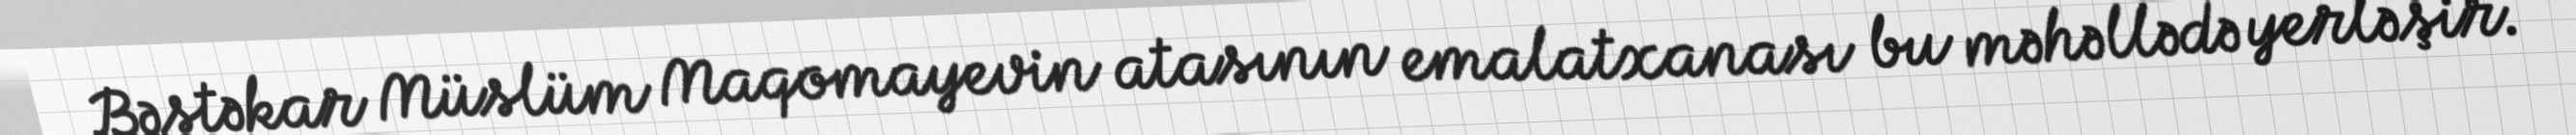
Bəstəkar Müslüm Maqomayevin atasının emalatxanası bu məhəllədə yerləşir.